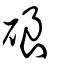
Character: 硠